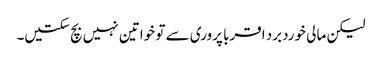
لیکن مالی خوردبرد اقربا پروری سے تو خواتین نہیں بچ سکتیں۔